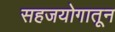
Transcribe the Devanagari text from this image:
सहजयोगातून